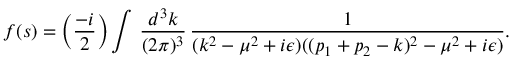
f ( s ) = \biggl ( { \frac { - i } { 2 } } \biggr ) \int \, { \frac { d ^ { 3 } k } { ( 2 \pi ) ^ { 3 } } } \, { \frac { 1 } { ( k ^ { 2 } - \mu ^ { 2 } + i \epsilon ) ( ( p _ { 1 } + p _ { 2 } - k ) ^ { 2 } - \mu ^ { 2 } + i \epsilon ) } } .